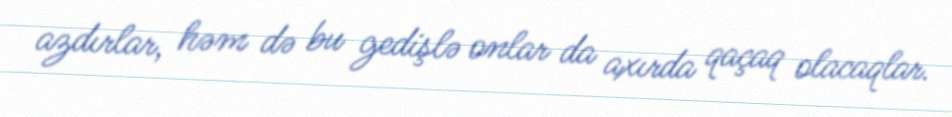
azdırlar, həm də bu gedişlə onlar da axırda qaçaq olacaqlar.